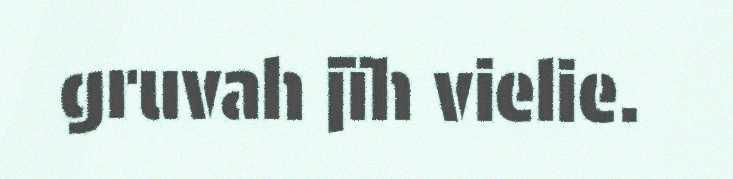
gruvah jïh vielie.